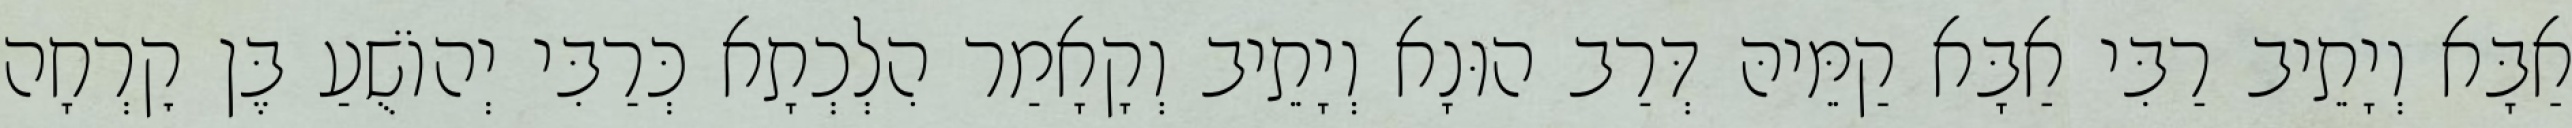
אַבָּא וְיָתֵיב רַבִּי אַבָּא קַמֵּיהּ דְּרַב הוּנָא וְיָתֵיב וְקָאָמַר הִלְכְתָא כְּרַבִּי יְהוֹשֻׁעַ בֶּן קׇרְחָה